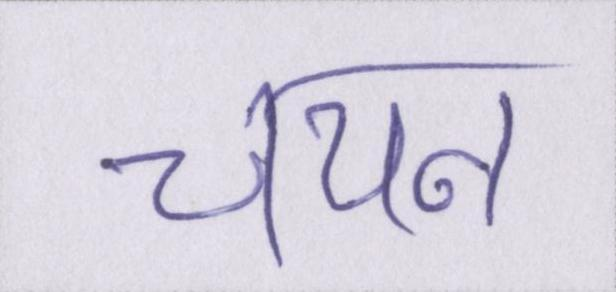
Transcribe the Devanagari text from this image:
चयन